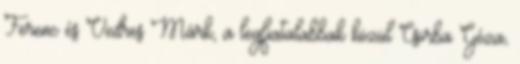
Ferenc és Vedres Márk, a legfiatalabbak közül Csorba Géza,